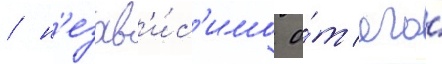
/ н'езав'и́с'имо о́т его́